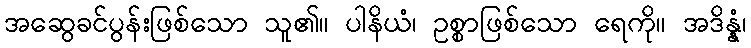
အဆွေခင်ပွန်းဖြစ်သော သူ၏။ ပါနိယံ၊ ဥစ္စာဖြစ်သော ရေကို။ အဒိန္နံ၊